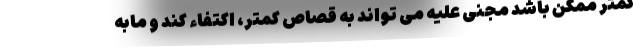
کمتر ممکن باشد مجنی علیه می تواند به قصاص کمتر، اکتفاء کند و مابه